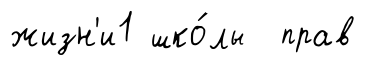
жизн'и1 шко́лы прав